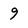
Character: 9